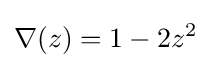
\nabla (z)=1-2z^{2}